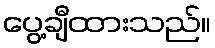
ပွေ့ချီထားသည်။